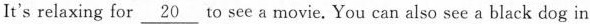
It's relaxing for \underline{20} to see a movie. You can also see a black dog in